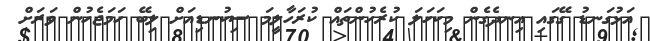
އަޅުގަނޑު ގޭގައި އިނދެގެން މިކަހަލަ ކުރެހުންތައް ކުރަހާލީމަ ސިކުނޑިއަށް ލިބޭ ހަމަޖެހުން ވަރަށް